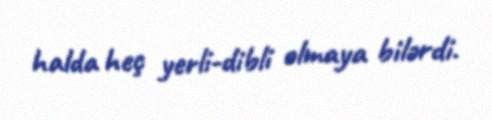
halda heç yerli-dibli olmaya bilərdi.